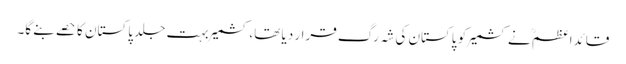
قائداعظمؒ نے کشمیر کو پاکستان کی شہ رگ قرار دیا تھا، کشمیر بہت جلد پاکستان کا حصے بنے گا۔